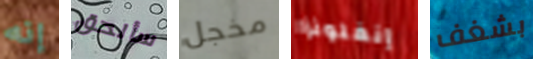
إنه سألحق مخجل إنفلونزا بشغف